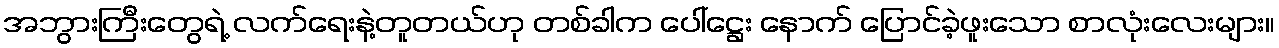
အဘွားကြီးတွေရဲ့ လက်ရေးနဲ့တူတယ်ဟု တစ်ခါက ပေါ်ဋ္ဌေး နောက် ပြောင်ခဲ့ဖူးသော စာလုံးလေးများ။